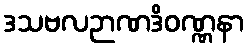
ဒသဗလဉာဏဒိဝဏ္ဏနာ